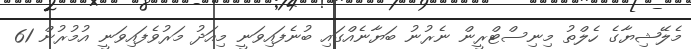
މެލޭޝިޔާގެ ހެލްތު މިނިސްޓްރީން ނެރުނު ބަޔާނެއްގައި ބުނެފައިވަނީ މިއަދު މަރުވެފައިވަނީ އުމުރުން 61